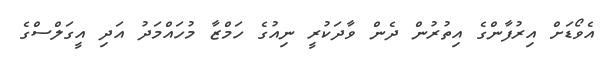
އެވޯޑަށް އިރުފާންގެ އިތުރުން ދެން ވާދަކުރީ ނިއުގެ ހަމްޒާ މުހައްމަދު އަދި އީގަލްސްގެ